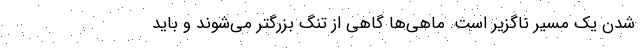
شدن یک مسیر ناگزیر است. ماهی‌ها گاهی از تُنگ بزرگتر می‌شوند و باید